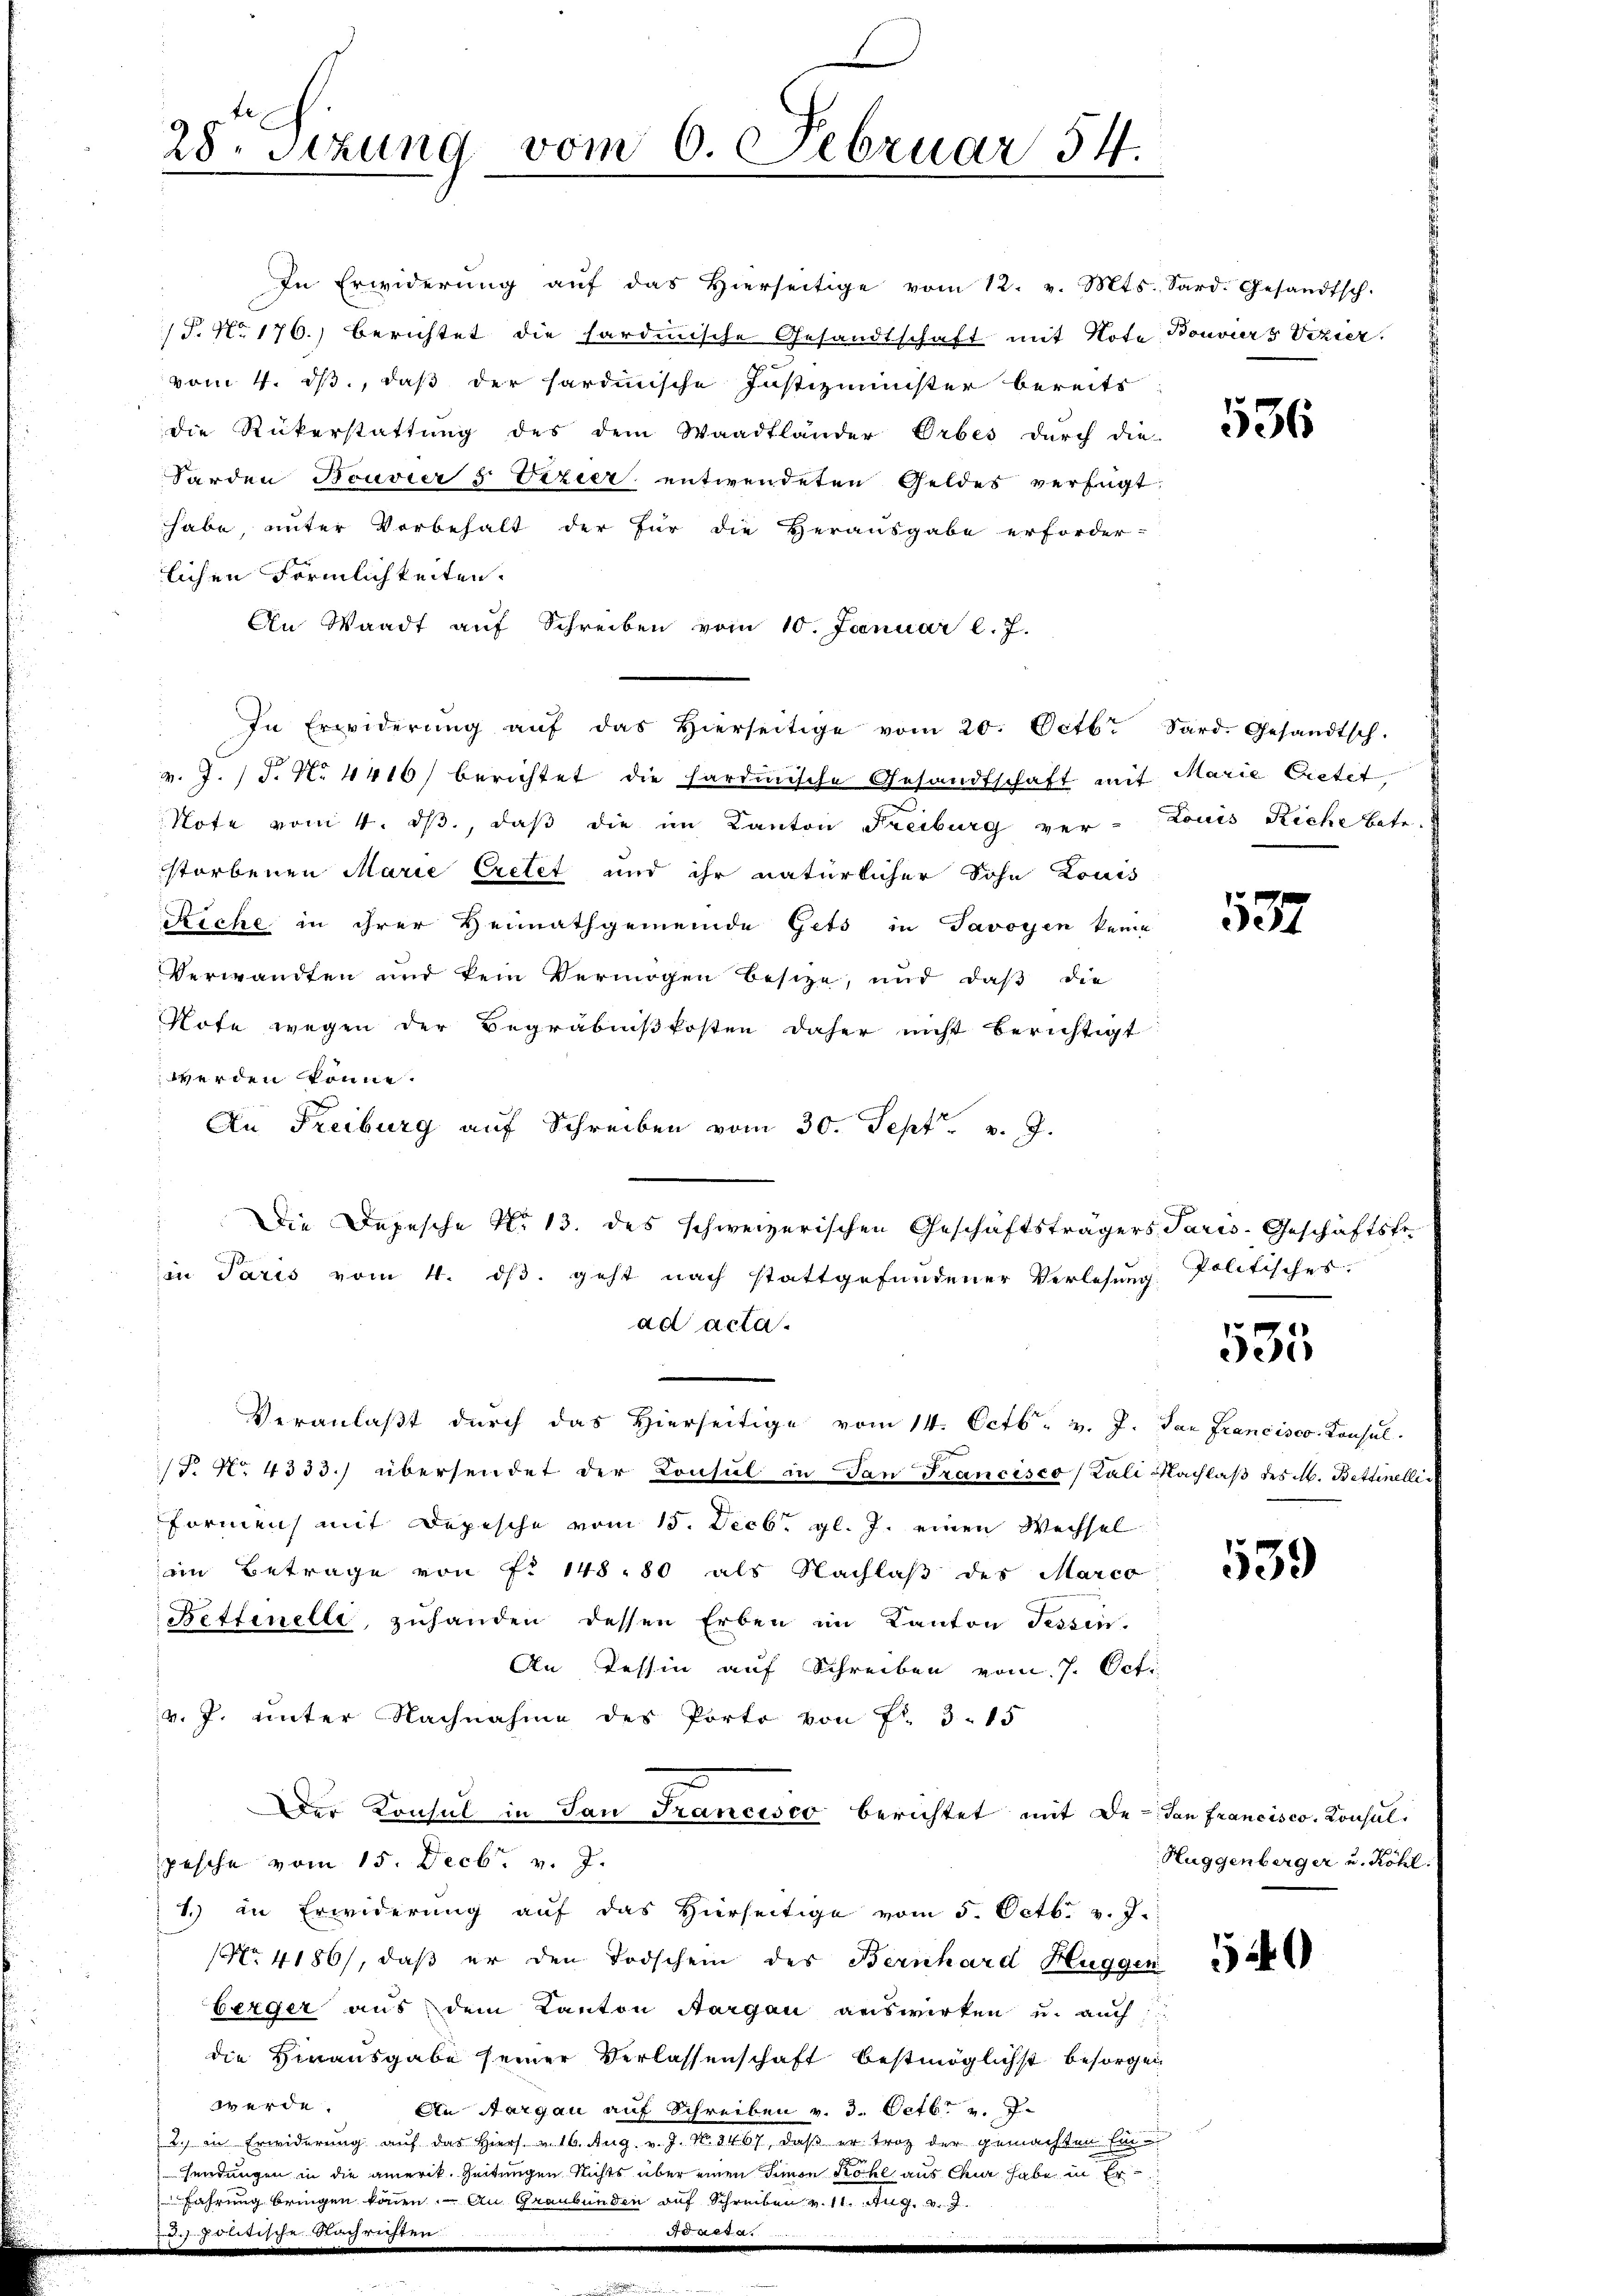
In Erwiderŭng aŭf das hierseitige vom 12. v. Mts. Sard. Gesandtsch.
/J. No 176.) Berichtet die hardinische Gesandtschaft mit Note Bonviers Vizier
vom 4. ds., daß der hardinische Justizminister bereits
die Rükerstattŭng des dem Waadtländer Orbes durch die
Sarden Bouvier 5 Vizier entwendeten Geldes verfügt:
habe, unter Vorbehalt der für die Herausgabe erforder-
lichen Förmlichkeiten.
An Waadt aŭf Schreiben vom 10. Januar l. J.
In Erwiderŭng aŭf das hierseitige vom 20. Octbr. Sard. Gesandtsch.
v. J. J. No 4416) berichtet die hardinische Gesandtschaft mit Marie Cretet,
Note vom 4. ds., daß die im Kanton Freiburg ver-Louis Riche betr.
storbenen Marie Cretet und ihr natürlicher Sohn Louis
Siche, in ihrer Heimathgemeinde Gets in Javoyen keine
Verwandten und kein Vermögen besitze, und daß die
Rote wegen der Begräbnißkosten daher nicht berichtigt
werden könne.
An Freiburg auf Schreiben vom 30. Sept. v. J.
Die Depesche No 13. des schweizerischen Geschäftsträgers Paris-Geschäftste-
in Paris vom 4. ds. geht nach stattgefundener Verlesung:
ad acta.
Veranlaßt durch das Hierseitige vom 14. Octb. v. J. dan Francisco Konsul-
T. No. 4333. übersendet der Konsul in dan Francisco (Kali Nachlaβ des M. Bettinelli
Formen mit Depesche vom 15. Decbr. gl. J. einen Wechsel
iin Betrage von fr 148,80 als Nachlaß des Marco
Feffinelle, zŭhanden dessen Erben im Kanton Tessin.
An Tessin auf Schreiben vom 7. Octi
v. J. unter Nachnahme des Porto von Fr. 3. 15
Der Konsul in San Francisco berichtet mit de den Francisco, Konsulpesche vom 15. Decbr. v. J.
1.) in Erwiderung auf das Hierseitige vom 5. Octb. v. J.
NNo. 4186), daß er den Todschein des Bernhard Huggen a
berger aus dem Kanton Aargau auswirken u. auch
die Hinausgabe seiner Verlassenschaft bestmöglichst besorgen
werde.
An Aargau auf Schreiben v. 3. Octbr. v. J.
2. in Erwiderŭng aŭf das hiers. v. 16. Aug. v. J. N. 3467, daβ er troz der gemachten Ein-
sendungen in die amerik. Zeitungen nichts über einen Simon Kohl aus Chur habe in Erfahrung bringen können. An Graubünden auf Schreiben v. 11. Aug. v. J.

28. Sizung vom 6. Februar 54.

536

137

Politisches.

535

39

Huggenberger u. Röhl.